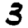
Digit: 3